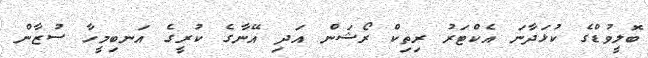
ބޮލީވުޑްގެ ކުޅަދާނަ އެކްޓަރު ރިތިކް ރޯޝަން އަދި އޭނާގެ ކުރީގެ އަނބިމީހާ ސުޒާން